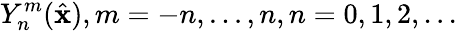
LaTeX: Y_{n}^{m}(\hat{\mathbf{x}}),m=-n,...,n,n=0,1,2,...